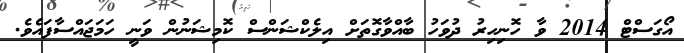
އޯގަސްޓް 2014 ވާ ހޮނިހިރު ދުވަހު ބާއްވާގޮތަށް އިލެކްޝަންސް ކޮމިޝަނުން ވަނީ ހަމަޖައްސާފައެވެ.